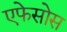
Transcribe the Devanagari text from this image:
एफेसोस